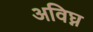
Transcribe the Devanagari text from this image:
अविघ्न